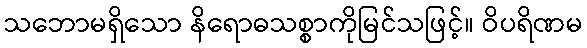
သဘောမရှိသော နိရောဓသစ္စာကိုမြင်သဖြင့်။ ဝိပရိဏမ